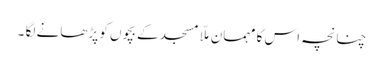
چنانچہ اس کا مہمان ملّا مسجد کے بچوں کو پڑھانے لگا ۔